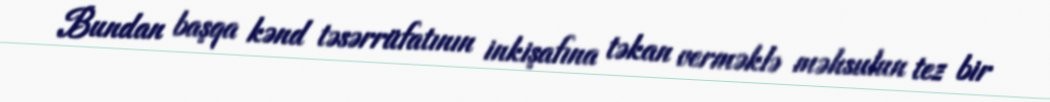
Bundan başqa kənd təsərrüfatının inkişafına təkan verməklə məhsulun tez bir